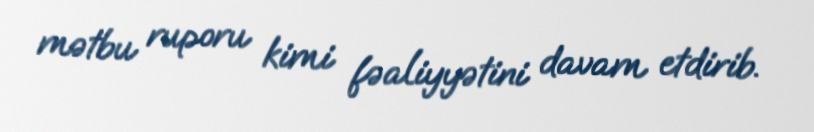
mətbu ruporu kimi fəaliyyətini davam etdirib.